Indian journal of veterinary science and animal husbandry - Volumes 15-17, 1948-1951
Year: 1948
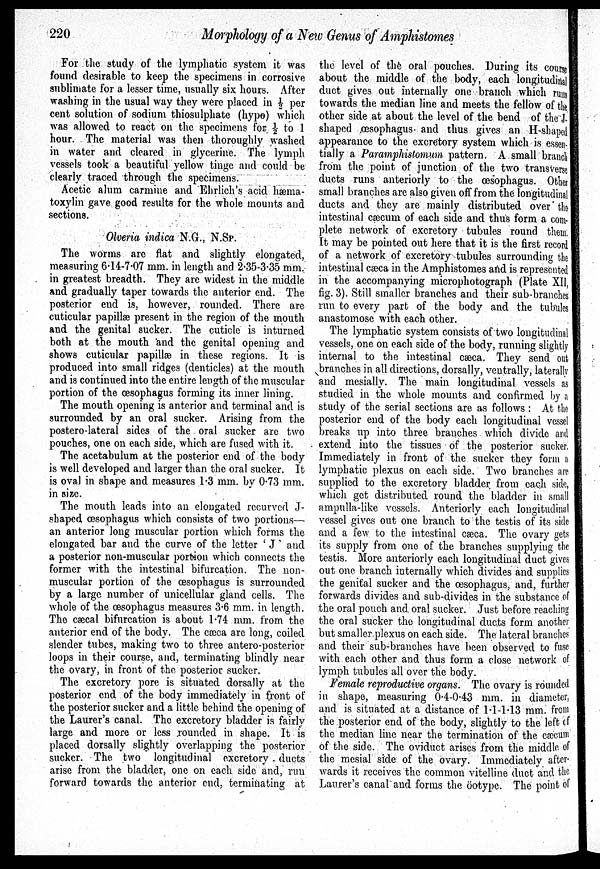
220
Morphology of a New Genus of Amphistomes
For the study of the lymphatic system it was
found desirable to keep the specimens in corrosive
sublimate for a lesser time, usually six hours. After
washing in the usual way they were placed in ½ per
cent solution of sodium thiosulphate (hypo) which
was allowed to react on the specimens for ½ to 1
hour. The material was then thoroughly washed
in water and cleared in glycerine. The lymph
vessels took a beautiful yellow tinge and could be
clearly traced through the specimens.
Acetic alum carmine and Ehrlich's acid hæma-
toxylin gave good results for the whole mounts and
sections.
Olveria indica N.G., N.SP.
The worms are flat and slightly elongated,
measuring 6.14-7.07 mm. in length and 2.35-3.35 mm.
in greatest breadth. They are widest in the middle
and gradually taper towards the anterior end. The
posterior end is, however, rounded. There are
cuticular papillæ present in the region of the mouth
and the genital sucker. The cuticle is inturned
both at the mouth and the genital opening and
shows cuticular papillæ in these regions. It is
produced into small ridges (denticles) at the mouth
and is continued into the entire length of the muscular
portion of the œsophagus forming its inner lining.
The mouth opening is anterior and terminal and is
surrounded by an oral sucker. Arising from the
postero-lateral sides of the oral sucker are two
pouches, one on each side, which are fused with it.
The acetabulum at the posterior end of the body
is well developed and larger than the oral sucker. It
is oval in shape and measures 1.3 mm. by 0.73 mm.
in size.
The mouth leads into an elongated recurved J-
shaped œsophagus which consists of two portions—
an anterior long muscular portion which forms the
elongated bar and the curve of the letter ' J ' and
a posterior non-muscular portion which connects the
former with the intestinal bifurcation. The non-
muscular portion of the œsophagus is surrounded
by a large number of unicellular gland cells. The
whole of the œsophagus measures 3.6 mm. in length.
The cæcal bifurcation is about 1.74 mm. from the
anterior end of the body. The cæca are long, coiled
slender tubes, making two to three antero-posterior
loops in their course, and, terminating blindly near
the ovary, in front of the posterior sucker.
The excretory pore is situated dorsally at the
posterior end of the body immediately in front of
the posterior sucker and a little behind the opening of
the Laurer's canal. The excretory bladder is fairly
large and more or less rounded in shape. It is
placed dorsally slightly overlapping the posterior
sucker. The two longitudinal excretory ducts
arise from the bladder, one on each side and, run
forward towards the anterior end, terminating at
the level of the oral pouches. During its course
about the middle of the body, each longitudinal
duct gives out internally one branch which runs
towards the median line and meets the fellow of the
other side at about the level of the bend of the J.
shaped œsophagus- and thus gives an H-shaped
appearance to the excretory system which is essen-
tially a Paramphistomum pattern. A small branch
from the point of junction of the two transverse
ducts runs anteriorly to the œsophagus. Other
small branches are also given off from the longitudinal
ducts and they are mainly distributed over the
intestinal cæcum, of each side and thus form a com-
plete network of excretory tubules round them.
It may be pointed out here that it is the first record
of a network of excretory tubules surrounding the
intestinal cæca in the Amphistomes and is represented
in the accompanying microphotograph (Plate XII,
fig. 3). Still smaller branches and their sub-branches
run to every part of the body and the tubules
anastomose with each other.
The lymphatic system consists of two longitudinal
vessels, one on each side of the body, running slightly
internal to the intestinal cæca. They send out
branches in all directions, dorsally, ventrally, laterally
and mesially. The main longitudinal vessels as
studied in the whole mounts and confirmed by a
study of the serial sections are as follows : At the
posterior end of the body each longitudinal vessel
breaks up into three branches which divide and
extend into the tissues of the posterior sucker,
Immediately in front of the sucker they form a
lymphatic plexus on each side. Two branches are
supplied to the excretory bladder from each side,
which get distributed round the bladder in small
ampulla-like vessels. Anteriorly each longitudinal
vessel gives out one branch to the testis of its side
and a few to the intestinal cæca. The ovary gets
its supply from one of the branches supplying the
testis. More anteriorly each longitudinal duct gives
out one branch internally which divides and supplies
the genital sucker and the œsophagus, and, further
forwards divides and sub-divides in the substance of
the oral pouch and. oral sucker. Just before reaching
the oral sucker the longitudinal ducts form another
but smaller plexus on each side. The lateral branches
and their sub-branches have been observed to fuse
with each other and thus form a close network of
lymph tubules all over the body.
Female reproductive organs. The ovary is rounded
in shape, measuring 0.4-0.43 mm. in diameter,
and is situated at a distance of 1.1-1.13 mm. from
the posterior end of the body, slightly to the left of
the median line near the termination of the cæcum
of the side. The oviduct arises from the middle of
the mesial side of the ovary. Immediately after-
wards it receives the common vitelline duct and the
Laurer's canal and forms the öotype. The point of